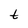
Character: t